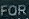
FOR